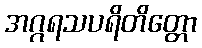
အဂ္ဂရသပရိတိတ္တော